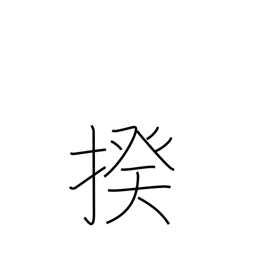
Meaning: category